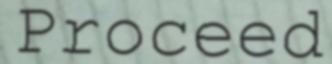
Proceed